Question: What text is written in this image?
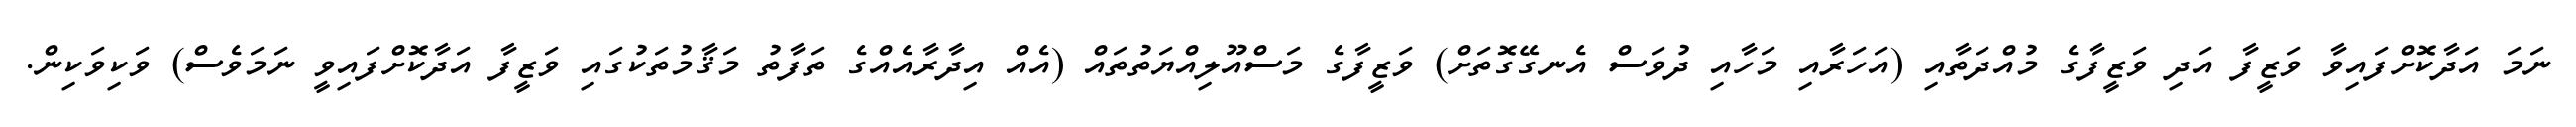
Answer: ނަމަ އަދާކޮށްފައިވާ ވަޒީފާ އަދި ވަޒީފާގެ މުއްދަތާއި (އަހަރާއި މަހާއި ދުވަސް އެނގޭގޮތަށް) ވަޒީފާގެ މަސްއޫލިއްޔަތުތައް (އެއް އިދާރާއެއްގެ ތަފާތު މަޤާމުތަކުގައި ވަޒީފާ އަދާކޮށްފައިވީ ނަމަވެސް) ވަކިވަކިން.